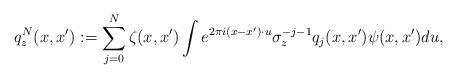
LaTeX: \begin{align*}q_z^N(x,x'):= \sum_{j=0}^N\zeta(x,x')\int e^{2\pi i(x-x')\cdot u}\sigma_z^{-j-1}q_j(x,x')\psi(x,x')du,\end{align*}